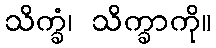
သိက္ခံ၊ သိက္ခာကို။